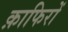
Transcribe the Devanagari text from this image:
क़ाफिरों